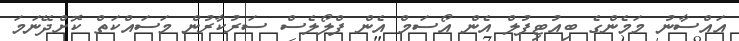
އައްސާނު މަމެންގެ ބިއުޓިފުލް އެން އޯސަމް އެން ފްލޯލެސް ސަރުކާރުން މަސައްކަތް ކޮށްދޭނަމަ